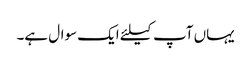
یہاں آپ کیلئے ایک سوال ہے۔